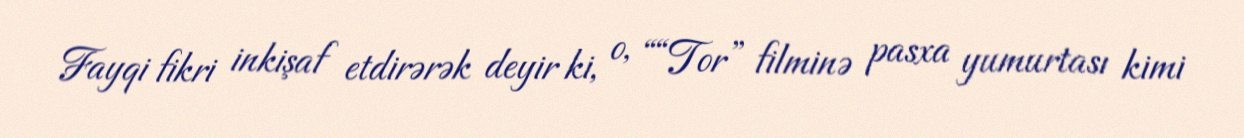
Fayqi fikri inkişaf etdirərək deyir ki, o, ““Tor” filminə pasxa yumurtası kimi